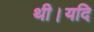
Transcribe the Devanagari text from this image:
थी।यदि